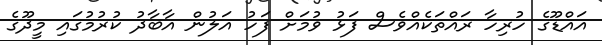
އައްޑޫގެ ހުރިހާ ރައްތަކެއްވެސް ފަޅު ވުމަށް ފަހު އަލުން އާބާދު ކުރުމުގައި މީދޫގެ